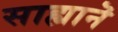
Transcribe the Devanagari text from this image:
साह्यानॆ